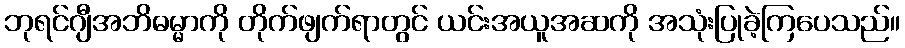
ဘုရင်ဂျီအဘိဓမ္မာကို တိုက်ဖျက်ရာတွင် ယင်းအယူအဆကို အသုံးပြုခဲ့ကြပေသည်။